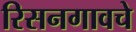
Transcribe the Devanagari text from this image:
रिसनगावचे